Indian journal of veterinary science and animal husbandry - Volume 8,
Year: 1938
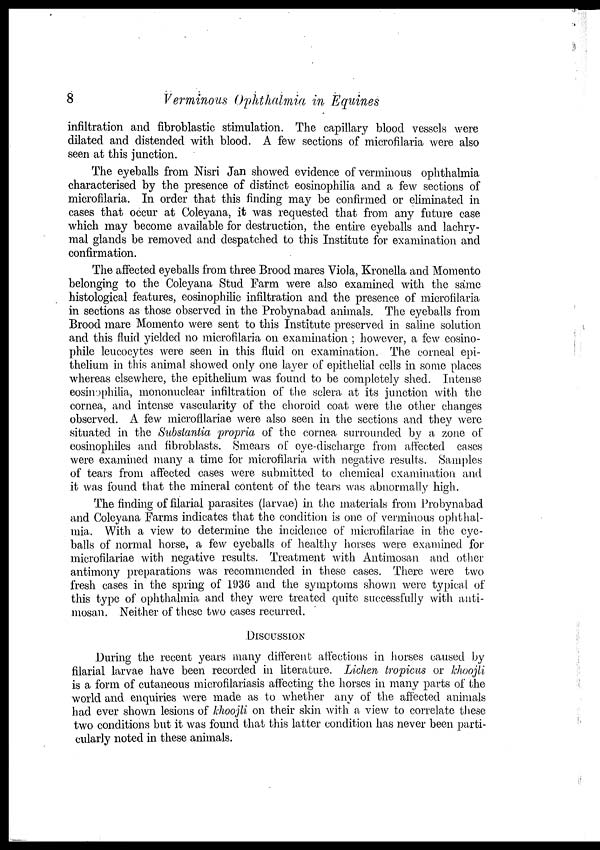
8
Verminous Ophthalmia in Equines
infiltration and fibroblastic stimulation. The capillary blood vessels were
dilated and distended with blood. A few sections of microfilaria were also
seen at this junction.
The eyeballs from Nisri Jan showed evidence of verminous ophthalmia
characterised by the presence of distinct eosinophilia and a few sections of
microfilaria. In order that this finding may be confirmed or eliminated in
cases that occur at Coleyana, it was requested that from any future case
which may become available for destruction, the entire eyeballs and lachry-
mal glands be removed and despatched to this Institute for examination and
confirmation.
The affected eyeballs from three Brood mares Viola, Kronella and Momento
belonging to the Coleyana Stud Farm were also examined with the same
histological features, eosinophilic infiltration and the presence of microfilaria
in sections as those observed in the Probynabad animals. The eyeballs from
Brood mare Momento were sent to this Institute preserved in saline solution
and this fluid yielded no microfilaria on examination ; however, a few eosino-
phile leucocytes were seen in this fluid on examination. The corneal epi-
thelium in this animal showed only one layer of epithelial cells in some places
whereas elsewhere, the epithelium was found to be completely shed. Intense
eosinophilia, mononuclear infiltration of the sclera at its junction with the
cornea, and intense vascularity of the choroid coat were the other changes
observed. A few microfilariae were also seen in the sections and they were
situated in the Substantia propria of the cornea surrounded by a zone of
eosinophiles and fibroblasts. Smears of eye-discharge from affected cases
were examined many a time for microfilaria with negative results. Samples
of tears from affected cases were submitted to chemical examination and
it was found that the mineral content of the tears was abnormally high.
The finding of filarial parasites (larvae) in the materials from Probynabad
and Coleyana Farms indicates that the condition is one of verminous ophthal-
mia. With a view to determine the incidence of microfilariae in the eye-
balls of normal horse, a few eyeballs of healthy horses were examined for
microfilariae with negative results. Treatment with Antimosan and other
antimony preparations was recommended in these cases. There were two
fresh cases in the spring of 1936 and the symptoms shown were typical of
this type of ophthalmia and they were treated quite successfully with anti-
mosan. Neither of these two cases recurred.
DISCUSSION
During the recent years many different affections in horses caused by
filarial larvae have been recorded in literature. Lichen tropicus or khoojli
is a form of cutaneous microfilariasis affecting the horses in many parts of the
world and enquiries were made as to whether any of the affected animals
had ever shown lesions of khoojli on their skin with a view to correlate these
two conditions but it was found that this latter condition has never been parti-
cularly noted in these animals.